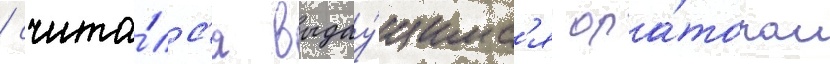
/ счита́лс'я выдау́щимс'я ора́тором